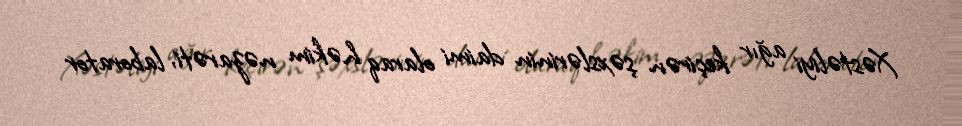
Xəstəliyi ağır keçirən şəxslərinin daimi olaraq həkim nəzarəti, laborator